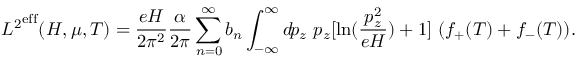
{ { \cal L } ^ { 2 } } ^ { \mathrm { e f f } } ( H , \mu , T ) = \frac { e H } { 2 \pi ^ { 2 } } \frac { \alpha } { 2 \pi } \sum _ { n = 0 } ^ { \infty } b _ { n } \int _ { - \infty } ^ { \infty } d \! p _ { z } ~ p _ { z } [ \ln ( \frac { p _ { z } ^ { 2 } } { e H } ) + 1 ] ~ ( f _ { + } ( T ) + f _ { - } ( T ) ) .